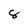
Character: 8